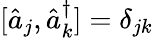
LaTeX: [\hat{a}_{j},\hat{a}_{k}^{\dagger}]=\delta_{jk}